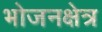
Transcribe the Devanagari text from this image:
भोजनक्षेत्र